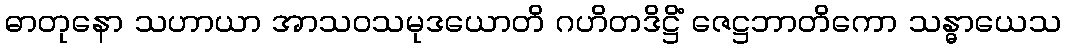
ဓာတုနော သဟာယာ အာသဝသမုဒယောတိ ဂဟိတဒိဋ္ဌိံ ဇေဋ္ဌဘာတိကော သန္ဓာယေသ